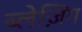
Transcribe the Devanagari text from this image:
ब्लेज़िंग